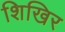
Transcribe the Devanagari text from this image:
शिखिर